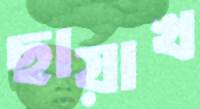
ছায়াখ